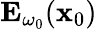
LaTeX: \mathbf{E}_{\omega_{0}}(\mathbf{x}_{0})